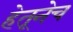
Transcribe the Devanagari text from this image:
हेतूनेच